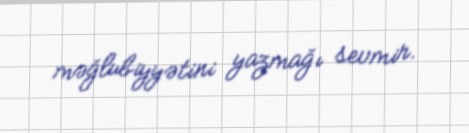
məğlubiyyətini yazmağı sevmir.